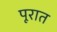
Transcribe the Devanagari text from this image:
पूरात